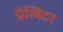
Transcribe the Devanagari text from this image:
प्रेस्बिटर